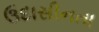
ઉદાસીનતા